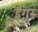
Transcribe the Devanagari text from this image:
इगुरु